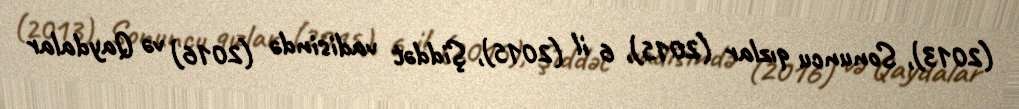
(2013), Sonuncu qızlar (2015), 6 il (2015), Şiddət vadisində (2016) və Qaydalar